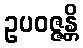
ဥပဝဇ္ဇန္တိ